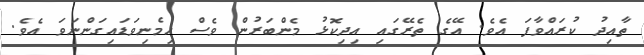
ތާއިދު ކުރައްވާފަ އެވެ. އޭގެ ތެރޭގައި އިދިކޮޅު މެންބަރުން ވެސް ހިމެނިވަޑައިގަންނަވަ އެވެ.